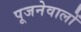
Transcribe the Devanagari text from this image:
पूजनेवालों